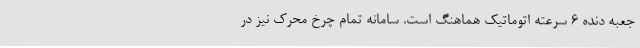
جعبه دنده 6 سرعته اتوماتیک هماهنگ است. سامانه تمام چرخ محرک نیز در